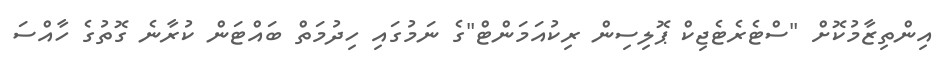
އިންތިޒާމުކޮށް "ސްޓެރެޓެޖިކް ޕޮލިސިން ރިކުއަމަންޓް"ގެ ނަމުގައި ހިދުމަތް ބައްޓަން ކުރާނެ ގޮތުގެ ހާއްސަ